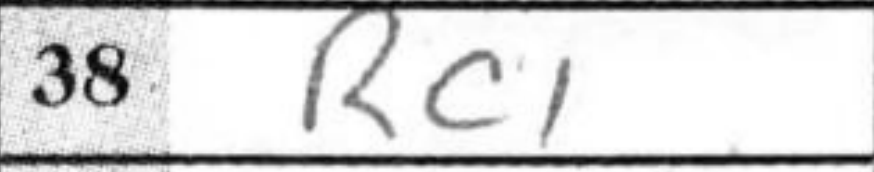
Transcription: Rc1